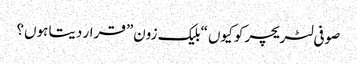
صوفی لٹریچر کو کیوں “بلیک زون” قرار دیتا ہوں؟